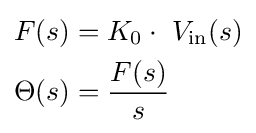
{\begin{aligned}F(s)&=K_{0}\cdot \ V_{\text{in}}(s)\\\Theta (s)&={F(s) \over s}\\\end{aligned}}